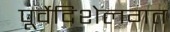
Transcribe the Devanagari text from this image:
पूर्वेदिशेलगत